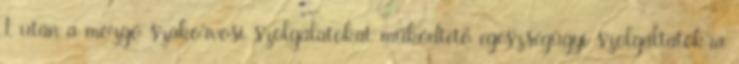
1. után a mozgó szakorvosi szolgálatokat működtető egészségügyi szolgáltatókra